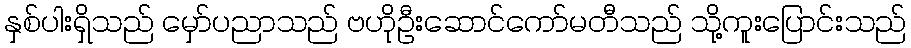
နှစ်ပါးရှိသည် မှော်ပညာသည် ဗဟိုဦးဆောင်ကော်မတီသည် သို့ကူးပြောင်းသည်